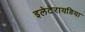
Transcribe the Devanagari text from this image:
इलेटेरायडिया